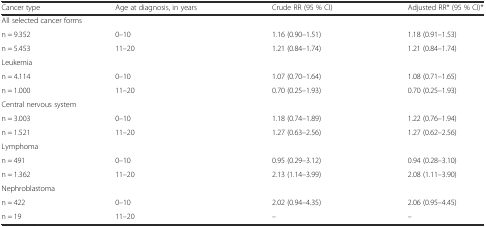
<table><thead><tr><td><b>Cancer type</b></td><td><b>Age at diagnosis, in years</b></td><td><b>Crude RR (95 % CI)</b></td><td><b>Adjusted RR* (95 % CI)*</b></td></tr></thead><tbody><tr><td colspan="4">All selected cancer forms</td></tr><tr><td>n = 9.352</td><td>0–10</td><td>1.16 (0.90–1.51)</td><td>1.18 (0.91–1.53)</td></tr><tr><td>n = 5.453</td><td>11–20</td><td>1.21 (0.84–1.74)</td><td>1.21 (0.84–1.74)</td></tr><tr><td colspan="4">Leukemia</td></tr><tr><td>n = 4.114</td><td>0–10</td><td>1.07 (0.70–1.64)</td><td>1.08 (0.71–1.65)</td></tr><tr><td>n = 1.000</td><td>11–20</td><td>0.70 (0.25–1.93)</td><td>0.70 (0.25–1.93)</td></tr><tr><td colspan="4">Central nervous system</td></tr><tr><td>n = 3.003</td><td>0–10</td><td>1.18 (0.74–1.89)</td><td>1.22 (0.76–1.94)</td></tr><tr><td>n = 1.521</td><td>11–20</td><td>1.27 (0.63–2.56)</td><td>1.27 (0.62–2.56)</td></tr><tr><td colspan="4">Lymphoma</td></tr><tr><td>n = 491</td><td>0–10</td><td>0.95 (0.29–3.12)</td><td>0.94 (0.28–3.10)</td></tr><tr><td>n = 1.362</td><td>11–20</td><td>2.13 (1.14–3.99)</td><td>2.08 (1.11–3.90)</td></tr><tr><td colspan="4">Nephroblastoma</td></tr><tr><td>n = 422</td><td>0–10</td><td>2.02 (0.94–4.35)</td><td>2.06 (0.95–4.45)</td></tr><tr><td>n = 19</td><td>11–20</td><td>–</td><td>–</td></tr></tbody></table>